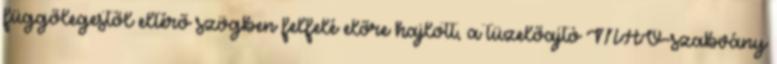
függőlegestől eltérő szögben felfelé előre hajlott, a tüzelőajtó MÁV-szabvány